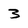
Character: 3